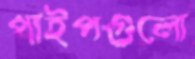
পাইপগুলো